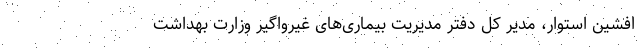
افشین استوار، مدیر کل دفتر مدیریت بیماری‌های غیرواگیر وزارت بهداشت